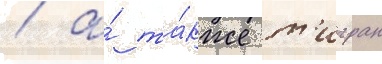
/ а́ та́кже т'игран